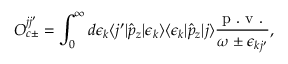
O _ { c \pm } ^ { j j ^ { \prime } } = \int _ { 0 } ^ { \infty } d \epsilon _ { k } \langle j ^ { \prime } | \hat { p } _ { z } | \epsilon _ { k } \rangle \langle \epsilon _ { k } | \hat { p } _ { z } | j \rangle \frac { \mathrm { ~ p ~ . ~ v ~ . ~ } } { \omega \pm \epsilon _ { k j ^ { \prime } } } ,